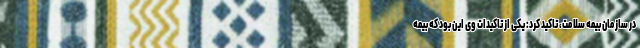
در سازمان بیمه سلامت، تاکید کرد: یکی از تاکیدات وی این بود که بیمه